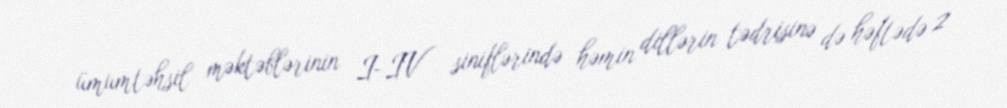
ümumtəhsil məktəblərinin I-IV siniflərində həmin dillərin tədrisinə də həftədə 2